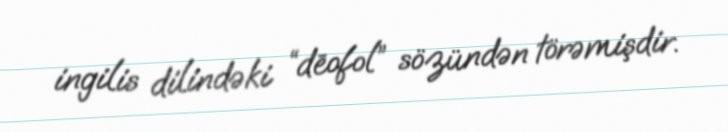
ingilis dilindəki “dēofol” sözündən törəmişdir.